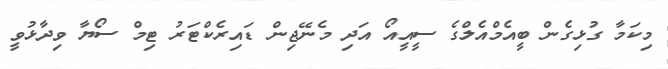
މިކަމާ ގުޅިގެން ބީއެމްއެލްގެ ސީއީއޯ އަދި މެނޭޖިން ޑައިރެކްޓަރު ޓިމް ސޯޔާ ވިދާޅުވީ